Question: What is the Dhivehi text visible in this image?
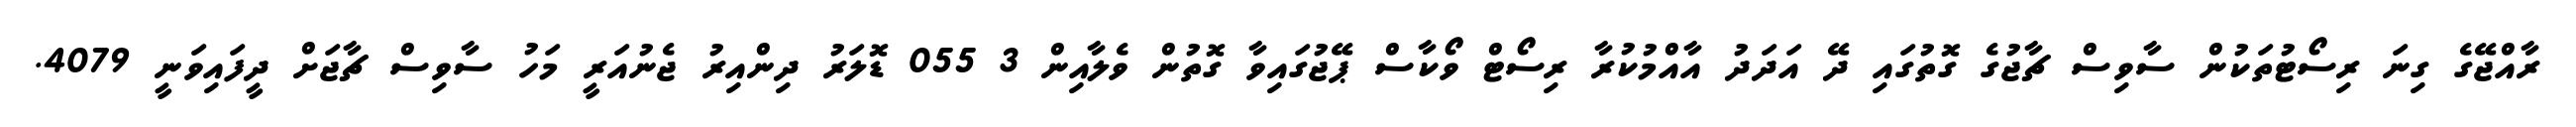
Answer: ރާއްޖޭގެ ގިނަ ރިސޯޓުތަކުން ސާވިސް ޗާޖުގެ ގޮތުގައި ދޭ އަދަދު އާއްމުކުރާ ރިސޯޓް ވޯކާސް ޕޭޖުގައިވާ ގޮތުން ވެލާއިން 3 055 ޑޮލަރު ދިންއިރު ޖެނުއަރީ މަހު ސާވިސް ޗާޖަށް ދީފައިވަނީ 4079.